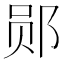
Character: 郧